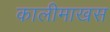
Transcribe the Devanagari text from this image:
कालीमाखस